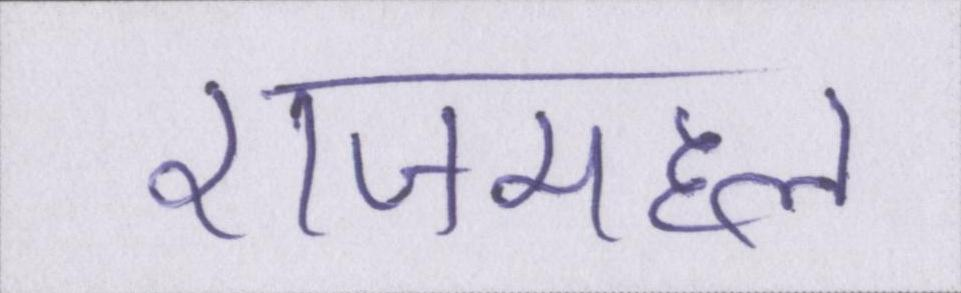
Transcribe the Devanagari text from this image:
राजमहल